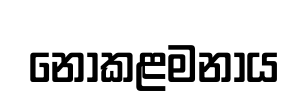
නොකළමනාය